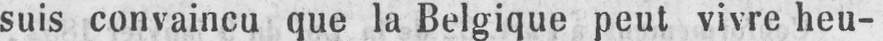
suis convaincu que la Belgique peut vivre heu-